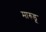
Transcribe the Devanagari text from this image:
मारुडू